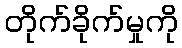
တိုက်ခိုက်မှုကို